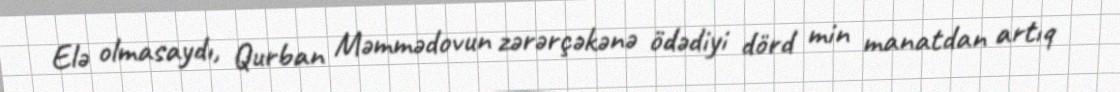
Elə olmasaydı, Qurban Məmmədovun zərərçəkənə ödədiyi dörd min manatdan artıq